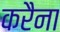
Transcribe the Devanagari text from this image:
करैना